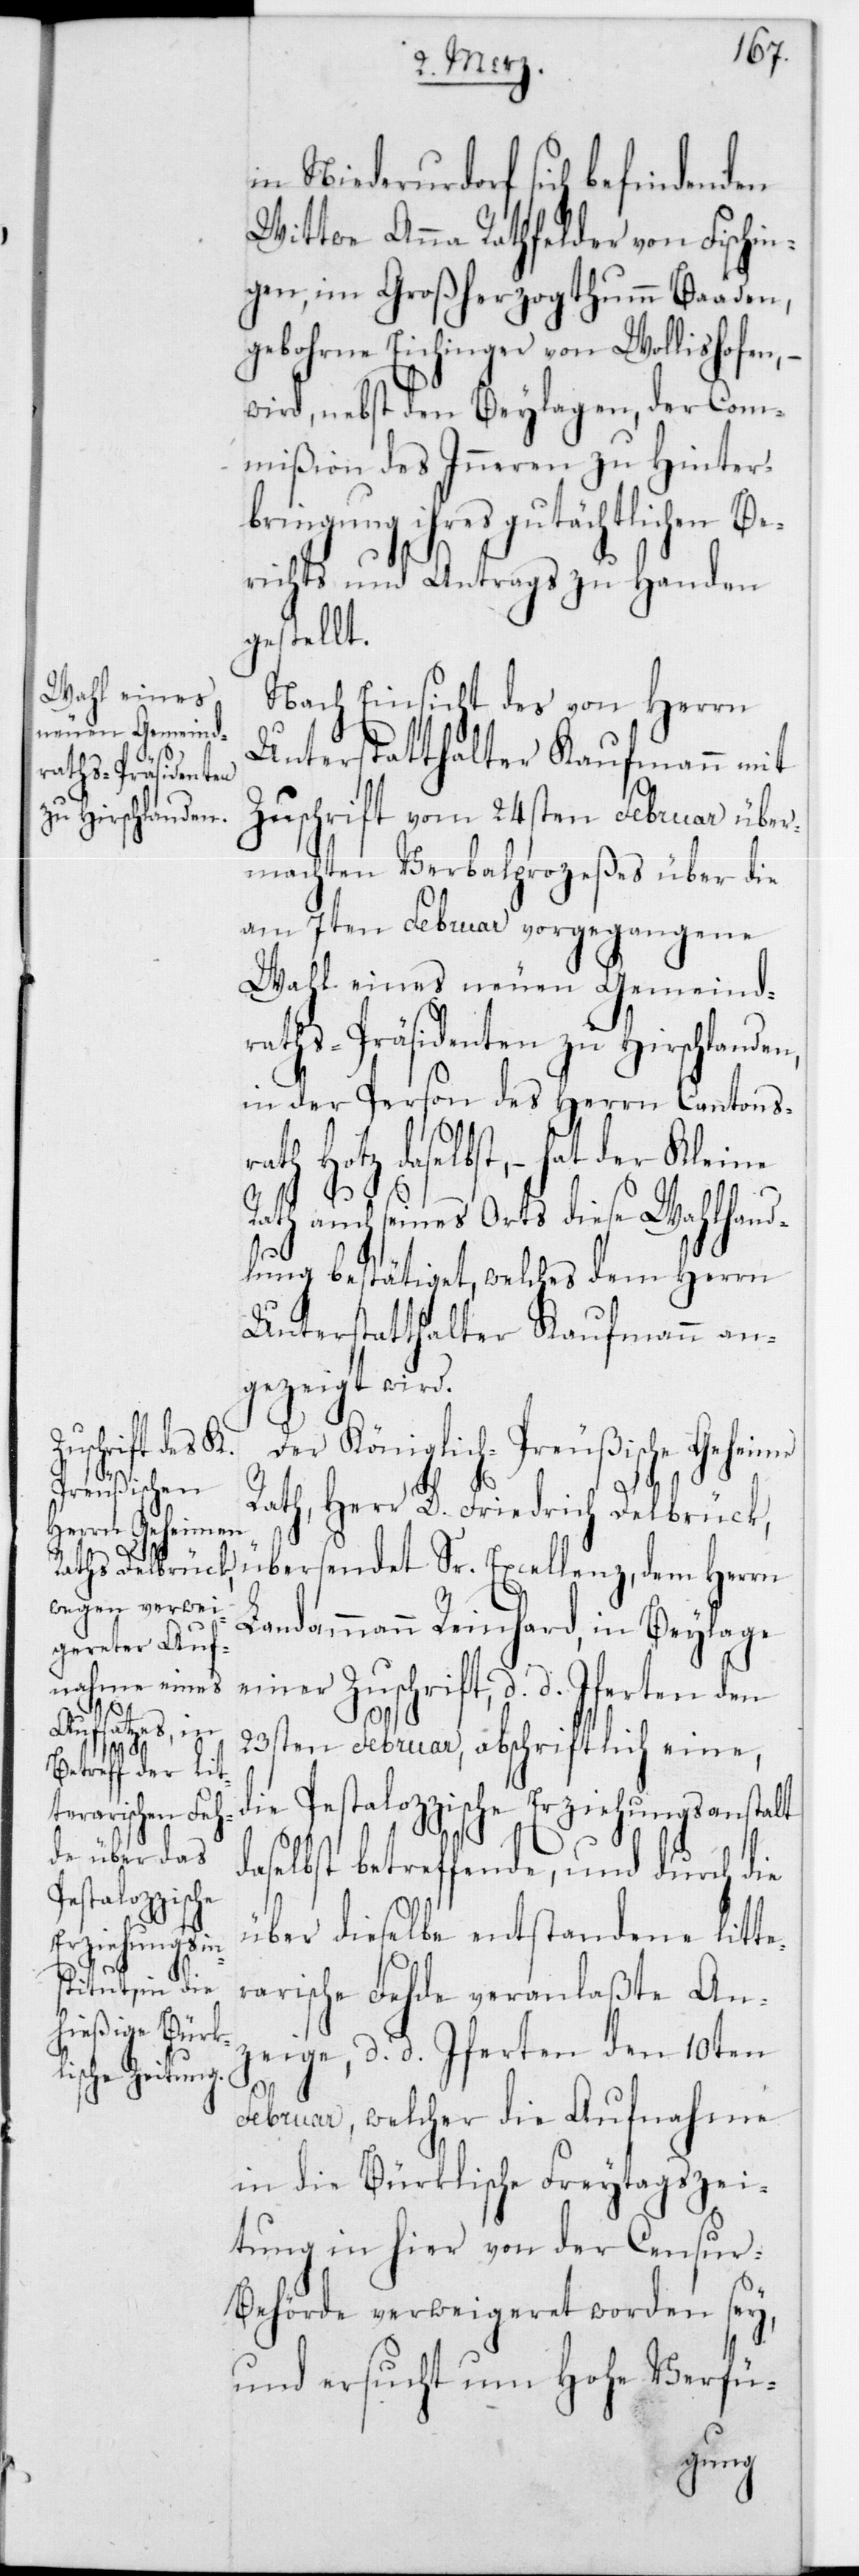
in Niederurdorf sich befindenden
Wittwe Anna Rathfelder von Fischin¬
gen, im Großherzogthum Baaden,
geborne Eichinger von Wollishofen,
wird, nebst den Beylagen, der Com¬
mißion des Innern zu Hinter¬
bringung ihres gutächtlichen Be¬
richts und Antrags zu Handen
gestellt.
Nach Einsicht des von Herrn
Unterstatthalter Kaufmann mit
Zuschrift vom 24sten Februar über¬
machten Verbalprozeßes über die
am 7ten Februar vorgegangene
Wahl eines neuen Gemeind¬
raths-Präsidenten zu Hirschlanden,
in der Person des Herrn Cantons¬
rath Hotz daselbst, – hat der Kleine
Rath auch seines Orts diese Wahlhand¬
lung bestätiget, welches dem Herrn
Unterstatthalter Kaufmann an¬
gezeigt wird.
Der Königlich-Preußische Geheime
Rath, Herr D. Friedrich Delbrück,
übersendet Sr. Excellenz dem Herrn
Landammann Reinhard, in Beylage
einer Zuschrift, d. d. Iferten
23sten Februar, abschriftlich eine,
die Pestalozzische Erziehungsanstalt
daselbst betreffende, und durch die
über dieselbe entstandene litte¬
rarische Fehde veranlaßte An¬
zeige, d. d. Iferten den 10ten
Februar, welcher die Aufnahme
in die Bürklische Freytagszei¬
tung in hier von der Censur-B¬
ehörde verweigeret worden sey,
und ersucht um Hohe Verfü-